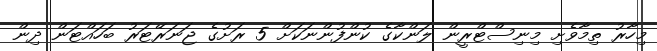
މިހާރު ތިމާވެށި މިނިސްޓްރީން ލަންކާގެ ކުންފުންނަކަށް 5 ރަށުގެ ޖަނަރޭޓަރު ބަހައްޓަން ދިން